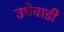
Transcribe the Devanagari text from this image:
उधेवाडी